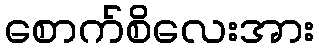
စောက်စိလေးအား